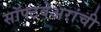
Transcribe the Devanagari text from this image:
सॉफ्टवेअरांची